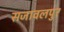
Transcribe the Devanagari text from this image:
सजावलपुर